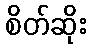
စိတ်ဆိုး